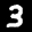
Label: 3